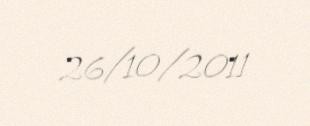
26/10/2011